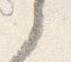
之